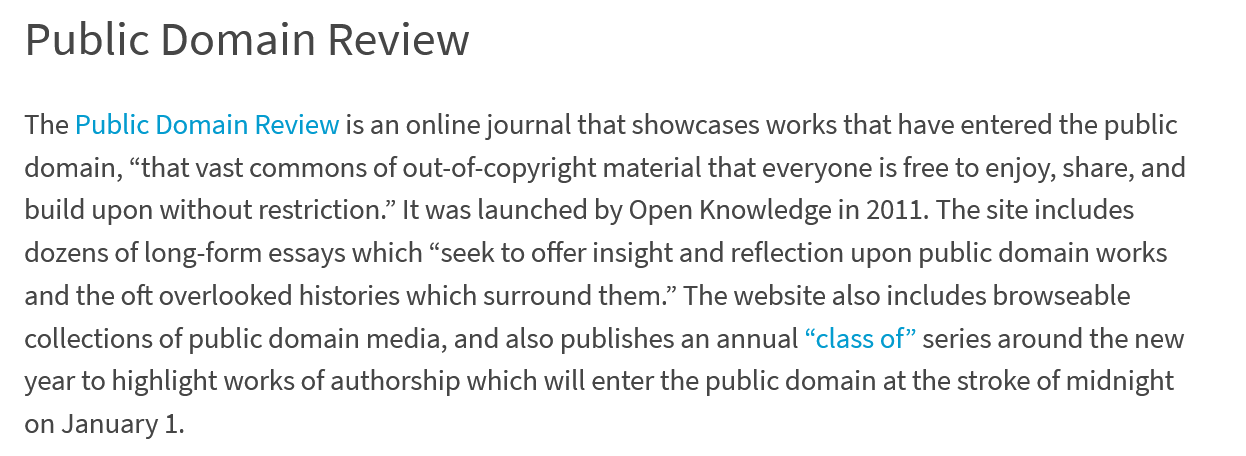
Public   Domain    Review
  The Public Domain Review is an online journal that showcases works that have entered the public
  domain, “that vast commons of out-of-copyright material that everyone is free to enjoy, share, and
  build upon without restriction.” It was launched by Open Knowledge in 2011. The site includes
  dozens of long-form essays which “seek to offer insight and reflection upon public domain works
  and the oft overlooked histories which surround them.” The website also includes browseable
  collections of public domain media, and also publishes an annual “class of” series around the new
  year to highlight works of authorship which will enter the public domain at the stroke of midnight
  on January 1.